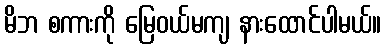
မိဘ စကားကို မြေဝယ်မကျ နားထောင်ပါမယ်။